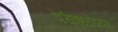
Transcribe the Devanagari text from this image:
पेरीकारडियम